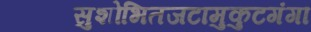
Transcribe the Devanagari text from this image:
सुशोभितजटामुकुटगंगा